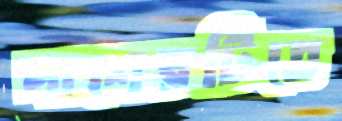
পাশেরটিতে